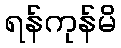
ရန်ကုန်မိ